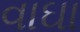
વાઘા